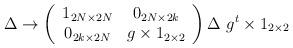
LaTeX: \begin{align*}\Delta \rightarrow \left(\begin{array}{cc} 1_{2N\times 2N} & 0_{2N\times 2k}\\0_{2k\times 2N} & g\times 1_{2\times 2} \end{array}\right) \Delta~ g^t\times 1_{2\times 2}\end{align*}